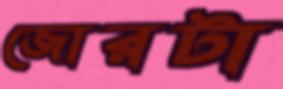
জোরটা